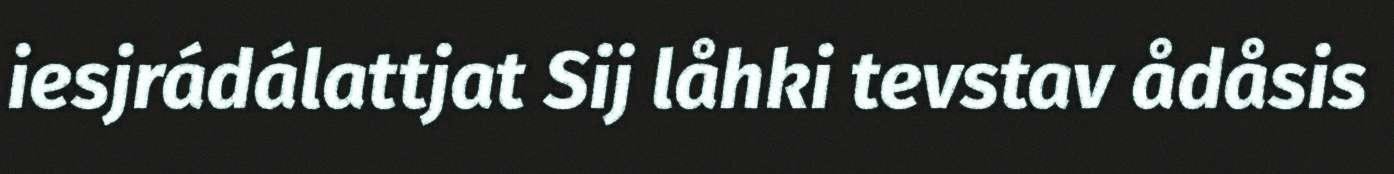
iesjrádálattjat Sij låhki tevstav ådåsis